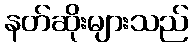
နတ်ဆိုးများသည်